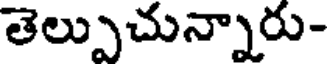
తెల్పుచున్నారు-